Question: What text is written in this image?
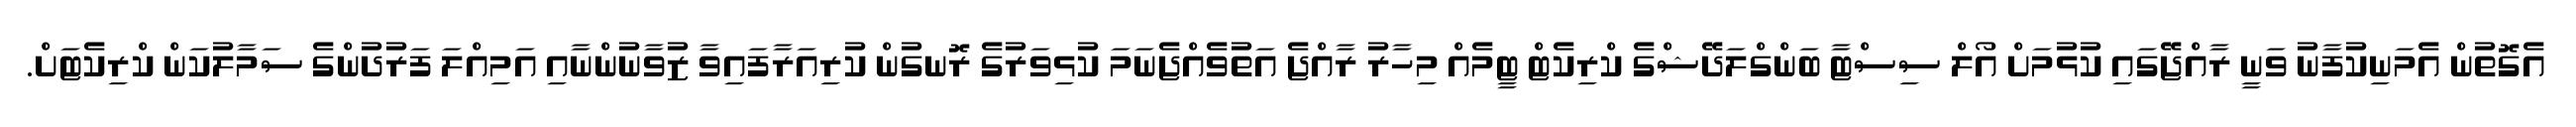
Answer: އެގޮތުން އެމަނިކުފާނު ވަނީ ރާއްޖޭގައި ކުޅުމަށް އޯލް ސިސްޓާ ބަންގްލަދޭޝްގެ ކްރިކެޓް ޓީމެއް މިހާރު ރާއްޖެ އަތުވެއްޖެނަމަ ކުޅިވަރުގެ ރޮނގުން ކުރިއަރާފައިވާ ޒުވާނުންނާއި އަމިއްލަ ފަރުދުންގެ ސަމާލުކަން ކްރިކެޓަށް.